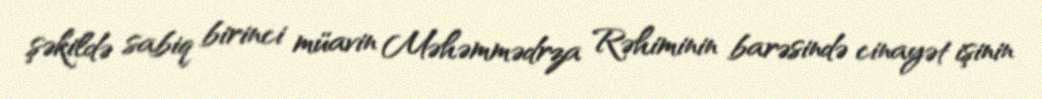
şəkildə sabiq birinci müavin Məhəmmədrza Rəhiminin barəsində cinayət işinin